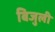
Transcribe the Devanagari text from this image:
बिजुली